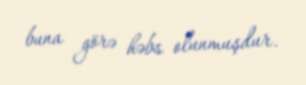
buna görə həbs olunmuşdur.